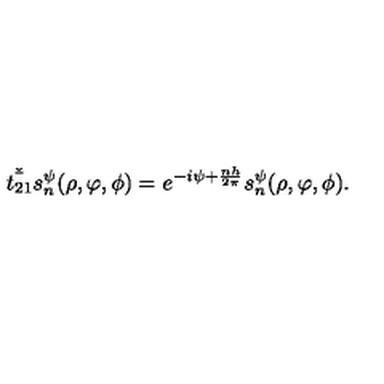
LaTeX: \check { \bar { t _ { 2 1 } } } s _ { n } ^ { \psi } ( \rho , \varphi , \phi ) = e ^ { - i \psi + \frac { n h } { 2 \pi } } s _ { n } ^ { \psi } ( \rho , \varphi , \phi ) .